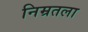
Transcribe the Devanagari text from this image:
निम्रतला